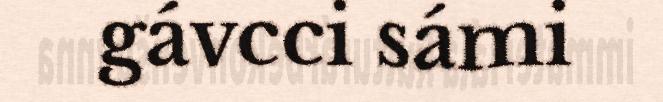
gávcci sámi